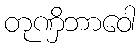
တုဏှိဘာဝေါ